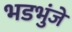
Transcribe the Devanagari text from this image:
भडभुंजे